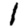
Digit: 1